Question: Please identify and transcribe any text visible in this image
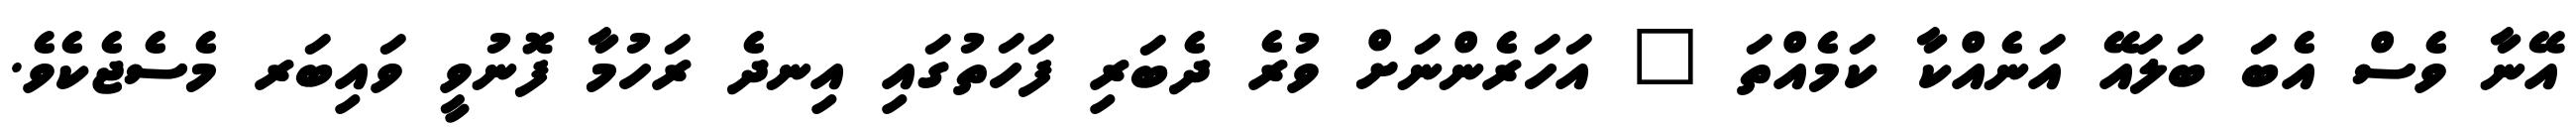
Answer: އޭނާ ވެސް އެބަ ބަލައޭ އަނެއްކާ ކަމެއްތަ " އަހަރެންނަށް ވުރެ ދެބަރި ފަހަތުގައި އިނދެ ރަހުމާ ފޮނުވީ ވައިބަރ މެސެޖެކެވެ.